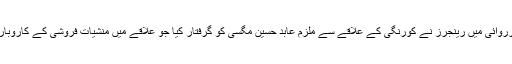
ایک دوسری کارروائی میں رینجرز نے کورنگی کے علاقے سے ملزم عابد حسین مگسی کو گرفتار کیا جو علاقے میں منشیات فروشی کے کاروبار میں ملوث ہے۔